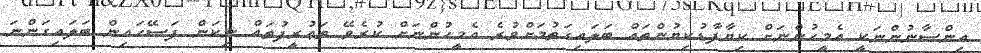
އިންސާނުންނަކީ އެމީހުންނަށް ކިޔާފާޑުކިޔުންތައް ބަލައިގަތުމަށްވުރެ އެމީހުންނަށް ކުރެވޭ ތަޢުރީފުތައް ނިކަން ފަސޭހައިން ބަލައިގަންނަ